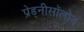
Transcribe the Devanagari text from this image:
प्रेड्नीसॉलोन